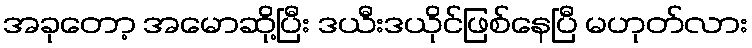
အခုတော့ အမောဆို့ပြီး ဒယီးဒယိုင်ဖြစ်နေပြီ မဟုတ်လား